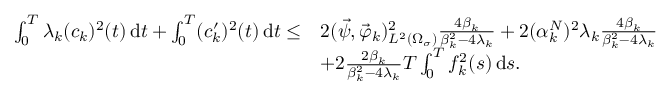
\begin{array} { r l } { \int _ { 0 } ^ { T } \lambda _ { k } ( c _ { k } ) ^ { 2 } ( t ) \, \mathrm d t + \int _ { 0 } ^ { T } ( c _ { k } ^ { \prime } ) ^ { 2 } ( t ) \, \mathrm d t \leq } & { 2 ( \vec { \psi } , \vec { \varphi } _ { k } ) _ { L ^ { 2 } ( \Omega _ { \sigma } ) } ^ { 2 } \frac { 4 \beta _ { k } } { \beta _ { k } ^ { 2 } - 4 \lambda _ { k } } + 2 ( \alpha _ { k } ^ { N } ) ^ { 2 } \lambda _ { k } \frac { 4 \beta _ { k } } { \beta _ { k } ^ { 2 } - 4 \lambda _ { k } } } \\ & { + 2 \frac { 2 \beta _ { k } } { \beta _ { k } ^ { 2 } - 4 \lambda _ { k } } T \int _ { 0 } ^ { T } f _ { k } ^ { 2 } ( s ) \, \mathrm d s . } \end{array}